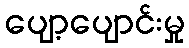
ပျော့ပျောင်းမှု